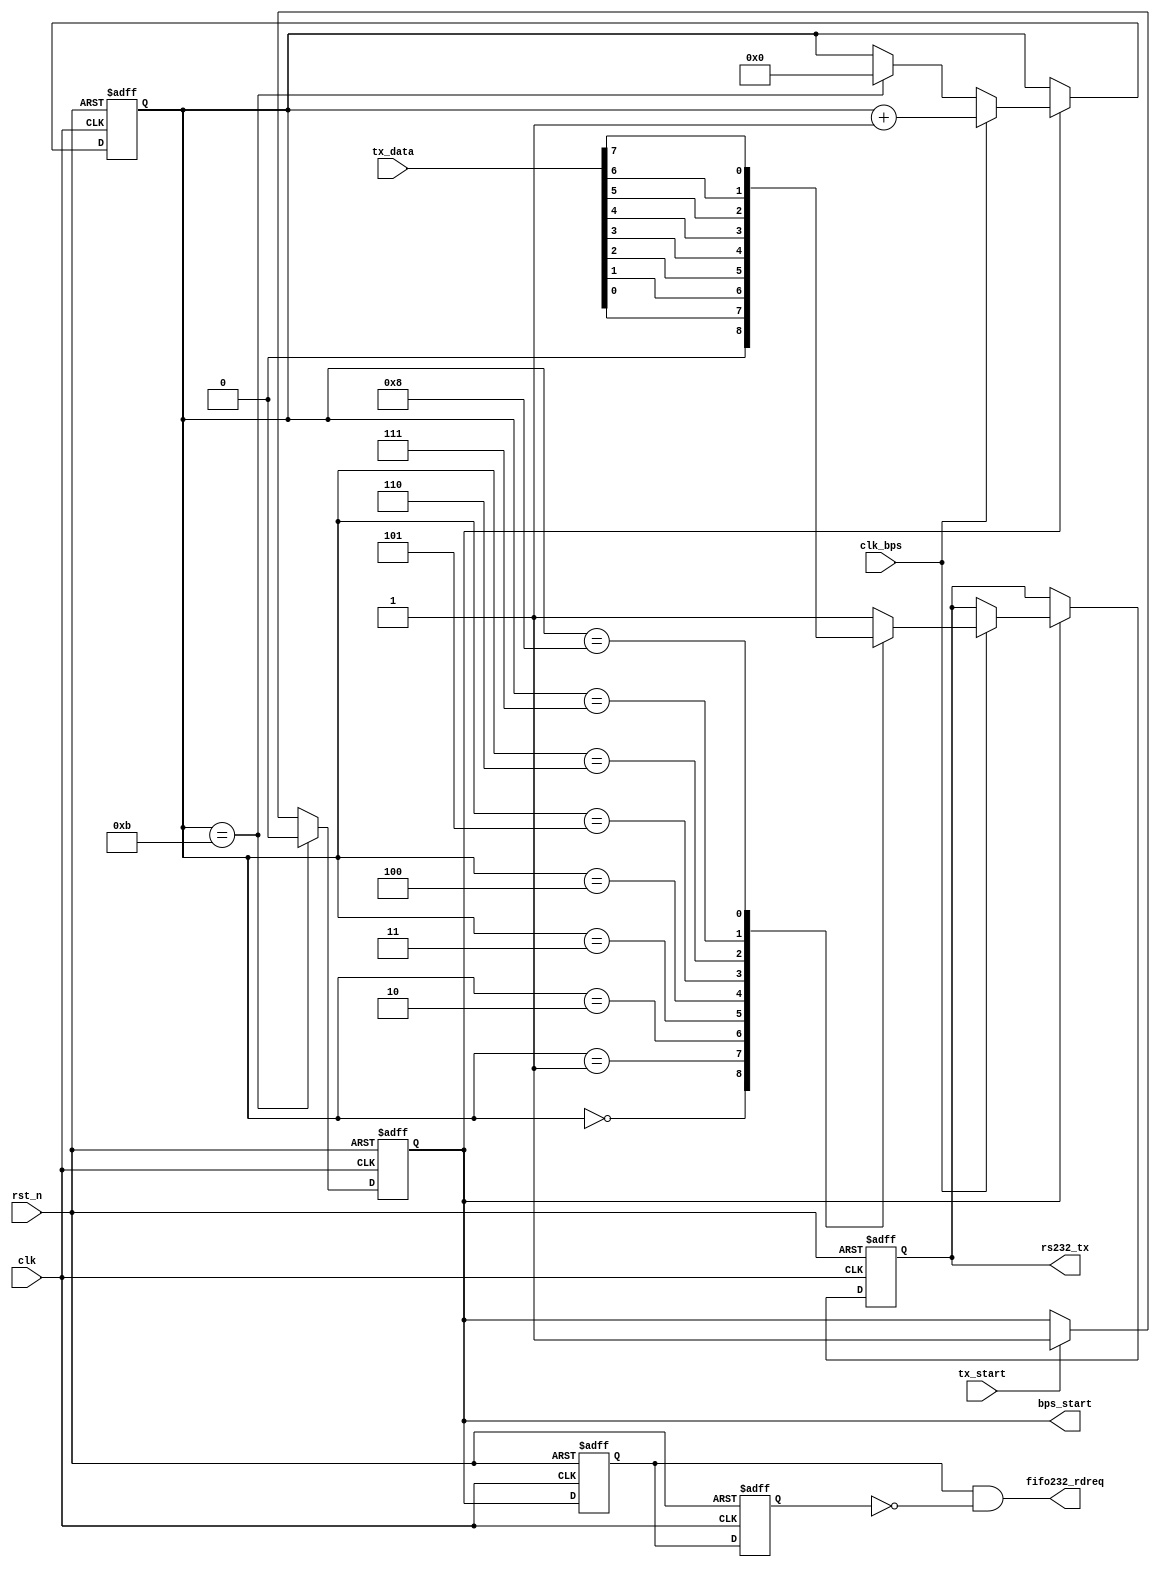
`timescale 1ns / 1ps
////////////////////////////////////////////////////////////////////////////////
// Company		: 
// Design Name	: 
// Module Name	: uart_tx
// Project Name	: sdrsvgaprj
// Target Device: Cyclone EP1C3T144C8 
// Tool versions: Quartus II 8.1
// Description	: 
//					1bit+8bit+1bit
// Revision		: V1.0
// Additional Comments	:  
// 
////////////////////////////////////////////////////////////////////////////////
module uart_tx(
				clk,rst_n,
				tx_data,tx_start,clk_bps,
				rs232_tx,bps_start,fifo232_rdreq
			);

input clk;			// 25MHz
input rst_n;		//
input[7:0] tx_data;	//
input tx_start;		//
input clk_bps;		//

output rs232_tx;	// RS232
output bps_start;	//,
output fifo232_rdreq;	//FIFO

//---------------------------------------------------------
reg tx_en;			//
reg[3:0] num;

always @ (posedge clk or negedge rst_n)
	if(!rst_n) tx_en <= 1'b0;
	else if(num==4'd11) tx_en <= 1'b0;	//			
	else if(tx_start) tx_en <= 1'b1;	//

assign bps_start = tx_en;

//tx_enFIFO
reg tx_enr1,tx_enr2;	//tx_en
always @(posedge clk or negedge rst_n)
	if(!rst_n) begin
			tx_enr1 <= 1'b1;
			tx_enr2 <= 1'b1;
		end
	else begin
			tx_enr1 <= tx_en;
			tx_enr2 <= tx_enr1;
		end

assign fifo232_rdreq = tx_enr1 & ~tx_enr2;	//tx_en

//---------------------------------------------------------
reg rs232_tx_r;		// RS232

always @ (posedge clk or negedge rst_n)
	if(!rst_n) begin
			num <= 4'd0;
			rs232_tx_r <= 1'b1;
		end
	else if(tx_en) begin
			if(clk_bps)	begin
					num <= num+1'b1;
					case (num)
						4'd0: rs232_tx_r <= 1'b0; 	//
						4'd1: rs232_tx_r <= tx_data[0];	//bit0
						4'd2: rs232_tx_r <= tx_data[1];	//bit1
						4'd3: rs232_tx_r <= tx_data[2];	//bit2
						4'd4: rs232_tx_r <= tx_data[3];	//bit3
						4'd5: rs232_tx_r <= tx_data[4];	//bit4
						4'd6: rs232_tx_r <= tx_data[5];	//bit5
						4'd7: rs232_tx_r <= tx_data[6];	//bit6
						4'd8: rs232_tx_r <= tx_data[7];	//bit7
						4'd9: rs232_tx_r <= 1'b1;	//
					 	default: rs232_tx_r <= 1'b1;
						endcase
				end
			else if(num==4'd11) num <= 4'd0;	//,10.5
		end

assign rs232_tx = rs232_tx_r;



endmodule